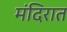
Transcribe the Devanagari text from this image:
मंदिरात